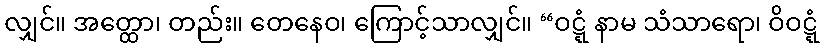
လျှင်။ အတ္ထော၊ တည်း။ တေနေဝ၊ ကြောင့်သာလျှင်။ “ဝဋ္ဋံ နာမ သံသာရော၊ ဝိဝဋ္ဋံ